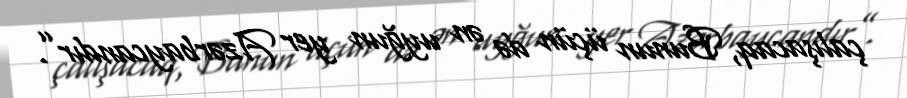
çalışacaq, Bunun üçün də ən uyğun yer Azərbaycandır”.